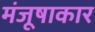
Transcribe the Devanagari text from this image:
मंजूषाकार